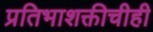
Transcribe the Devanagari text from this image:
प्रतिभाशक्तीचीही